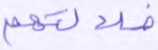
ضلالتهم